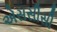
એસસીસી